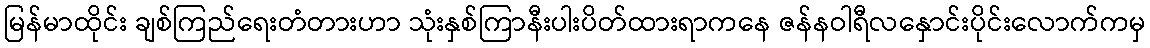
မြန်မာထိုင်း ချစ်ကြည်ရေးတံတားဟာ သုံးနှစ်ကြာနီးပါးပိတ်ထားရာကနေ ဇန်နဝါရီလနှောင်းပိုင်းလောက်ကမှ